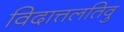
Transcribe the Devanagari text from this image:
विदात्तलतिवु